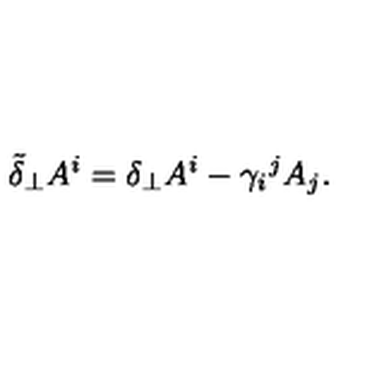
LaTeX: \tilde { \delta } _ { \perp } A ^ { i } = \delta _ { \perp } A ^ { i } - \gamma _ { i } { } ^ { j } A _ { j } .